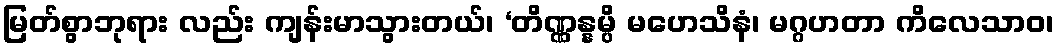
မြတ်စွာဘုရား လည်း ကျန်းမာသွားတယ်၊ ‘တိဏ္ဏန္နမ္ပိ မဟေသိနံ၊ မဂ္ဂဟတာ ကိလေသာဝ၊